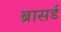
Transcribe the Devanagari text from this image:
ब्रासर्ड